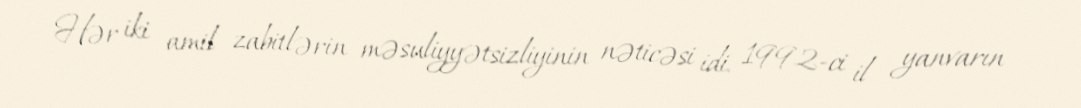
Hər iki amil zabitlərin məsuliyyətsizliyinin nəticəsi idi. 1992-ci il yanvarın